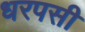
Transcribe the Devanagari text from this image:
धरपसी